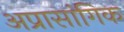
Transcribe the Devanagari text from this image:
अप्रासांगिक